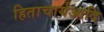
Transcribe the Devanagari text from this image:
हिताचार्यआदि